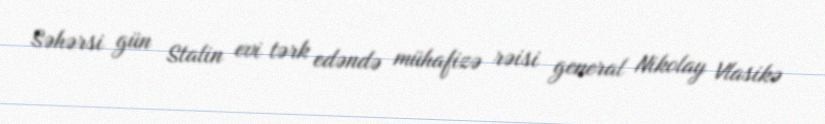
Səhərsi gün Stalin evi tərk edəndə mühafizə rəisi general Nikolay Vlasikə